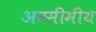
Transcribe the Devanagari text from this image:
अवसीमीय